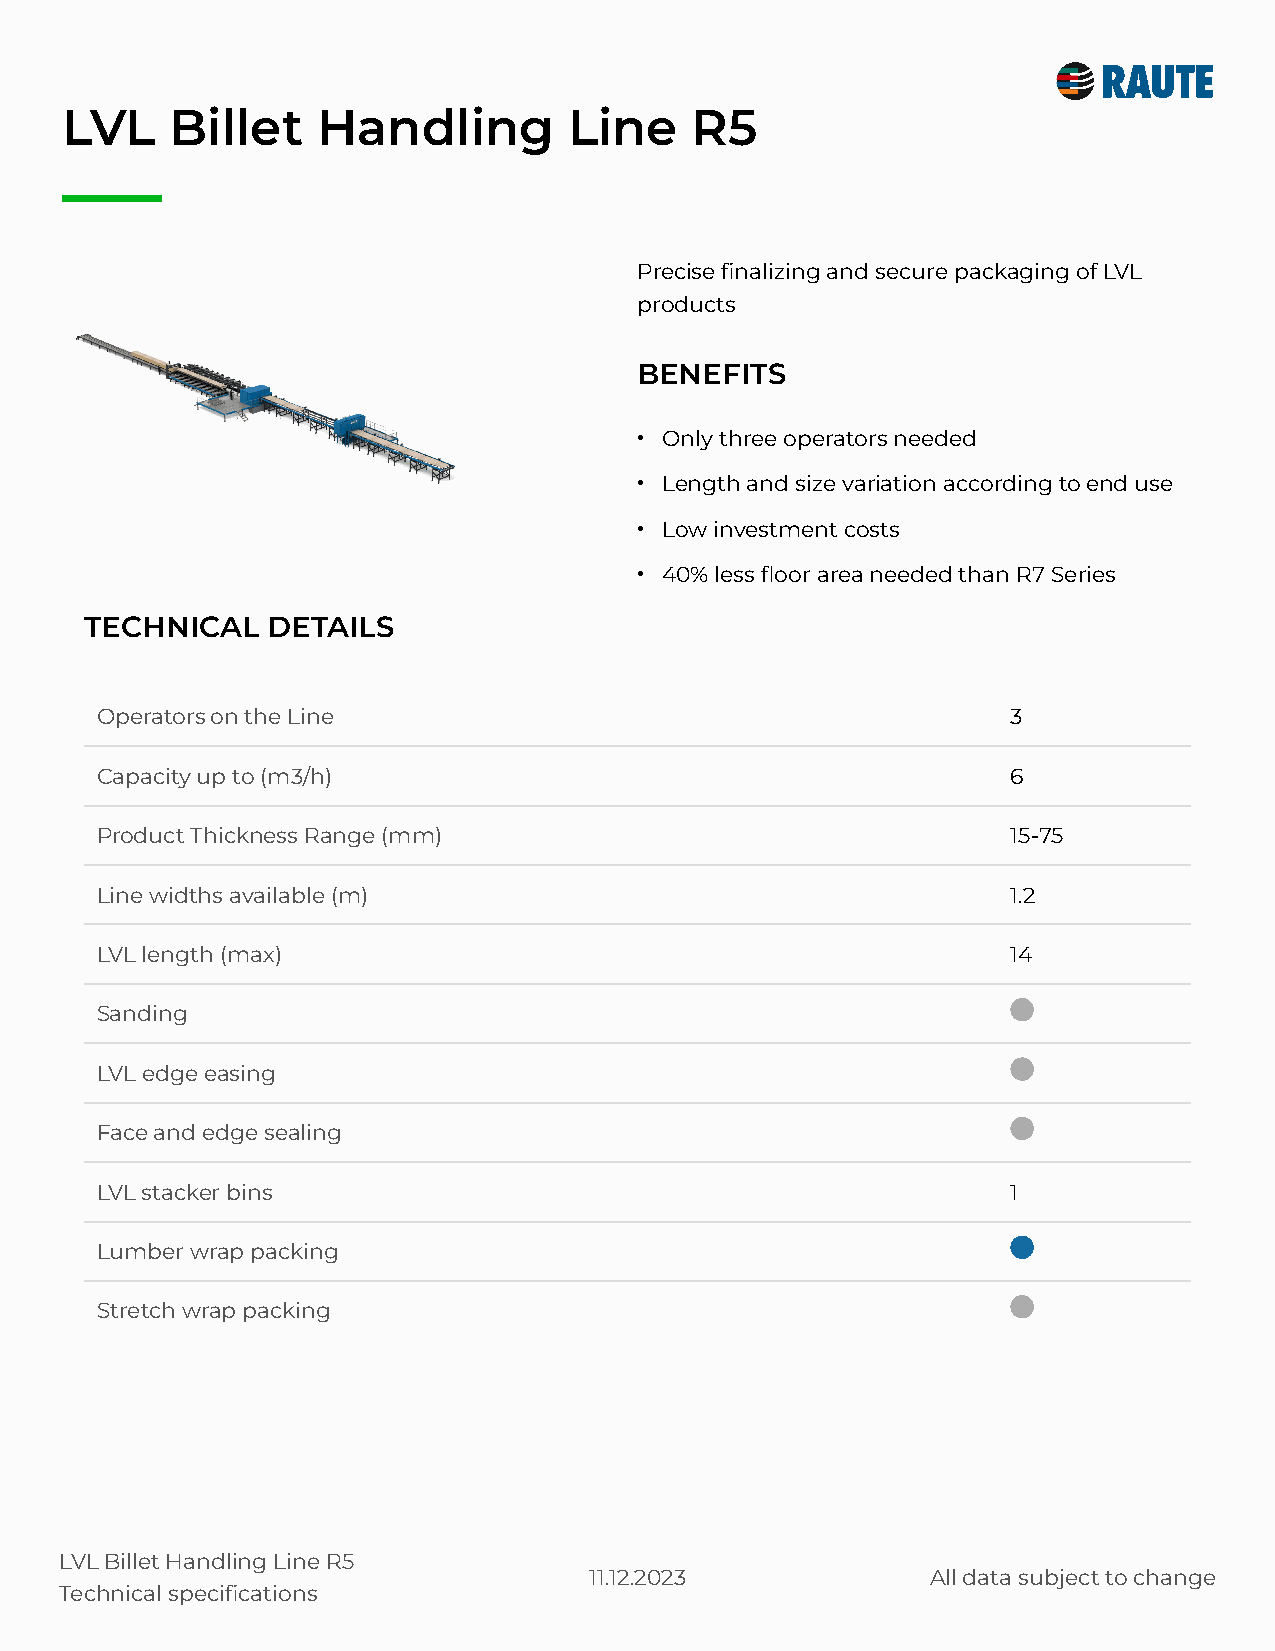
LVL    Billet    Handling         Line    R5
 Precise finalizing and secure packaging of LVL
 products
 BENEFITS
 •
 Only three operators needed
 •
 Length and size variation according to end use
 •
 Low investment costs
 •
 40% less floor area needed than R7 Series
 TECHNICAL   DETAILS
 Operators on the Line                                        3
 Capacity up to (m3/h)                                        6
 Product Thickness Range (mm)                                 15-75
 Line widths available (m)                                    1.2
 LVL length (max)                                             14
 Sanding
 LVL edge easing
 Face and edge sealing
 LVL stacker bins                                             1
 Lumber wrap packing
 Stretch wrap packing
 LVL Billet Handling Line R5
 11.12.2023             All data subject to change
 Technical specifications